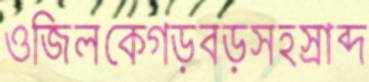
ওজিলকেগড়বড়সহস্রাব্দ